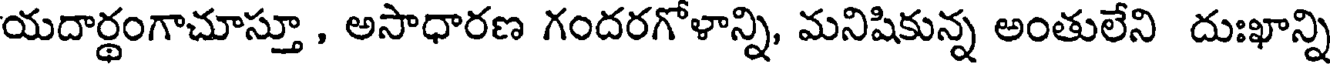
యదార్థంగాచూస్తూ , అసాధారణ గందరగోళాన్ని, మనిషికున్న అంతులేని దుఃఖాన్ని